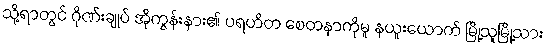
သို့ရာတွင် ဂိုဏ်းချုပ် အိုကွန်းနား၏ ပရဟိတ စေတနာကိုမူ နယူးယောက် မြို့သူမြို့သား